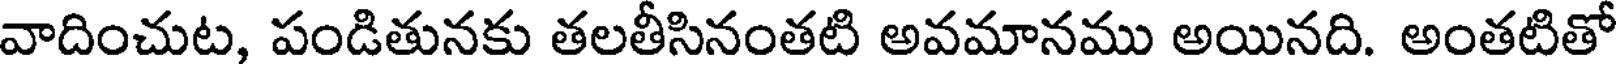
వాదించుట, పండితునకు తలతీసినంతటి అవమానము అయినది. అంతటితో